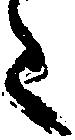
た